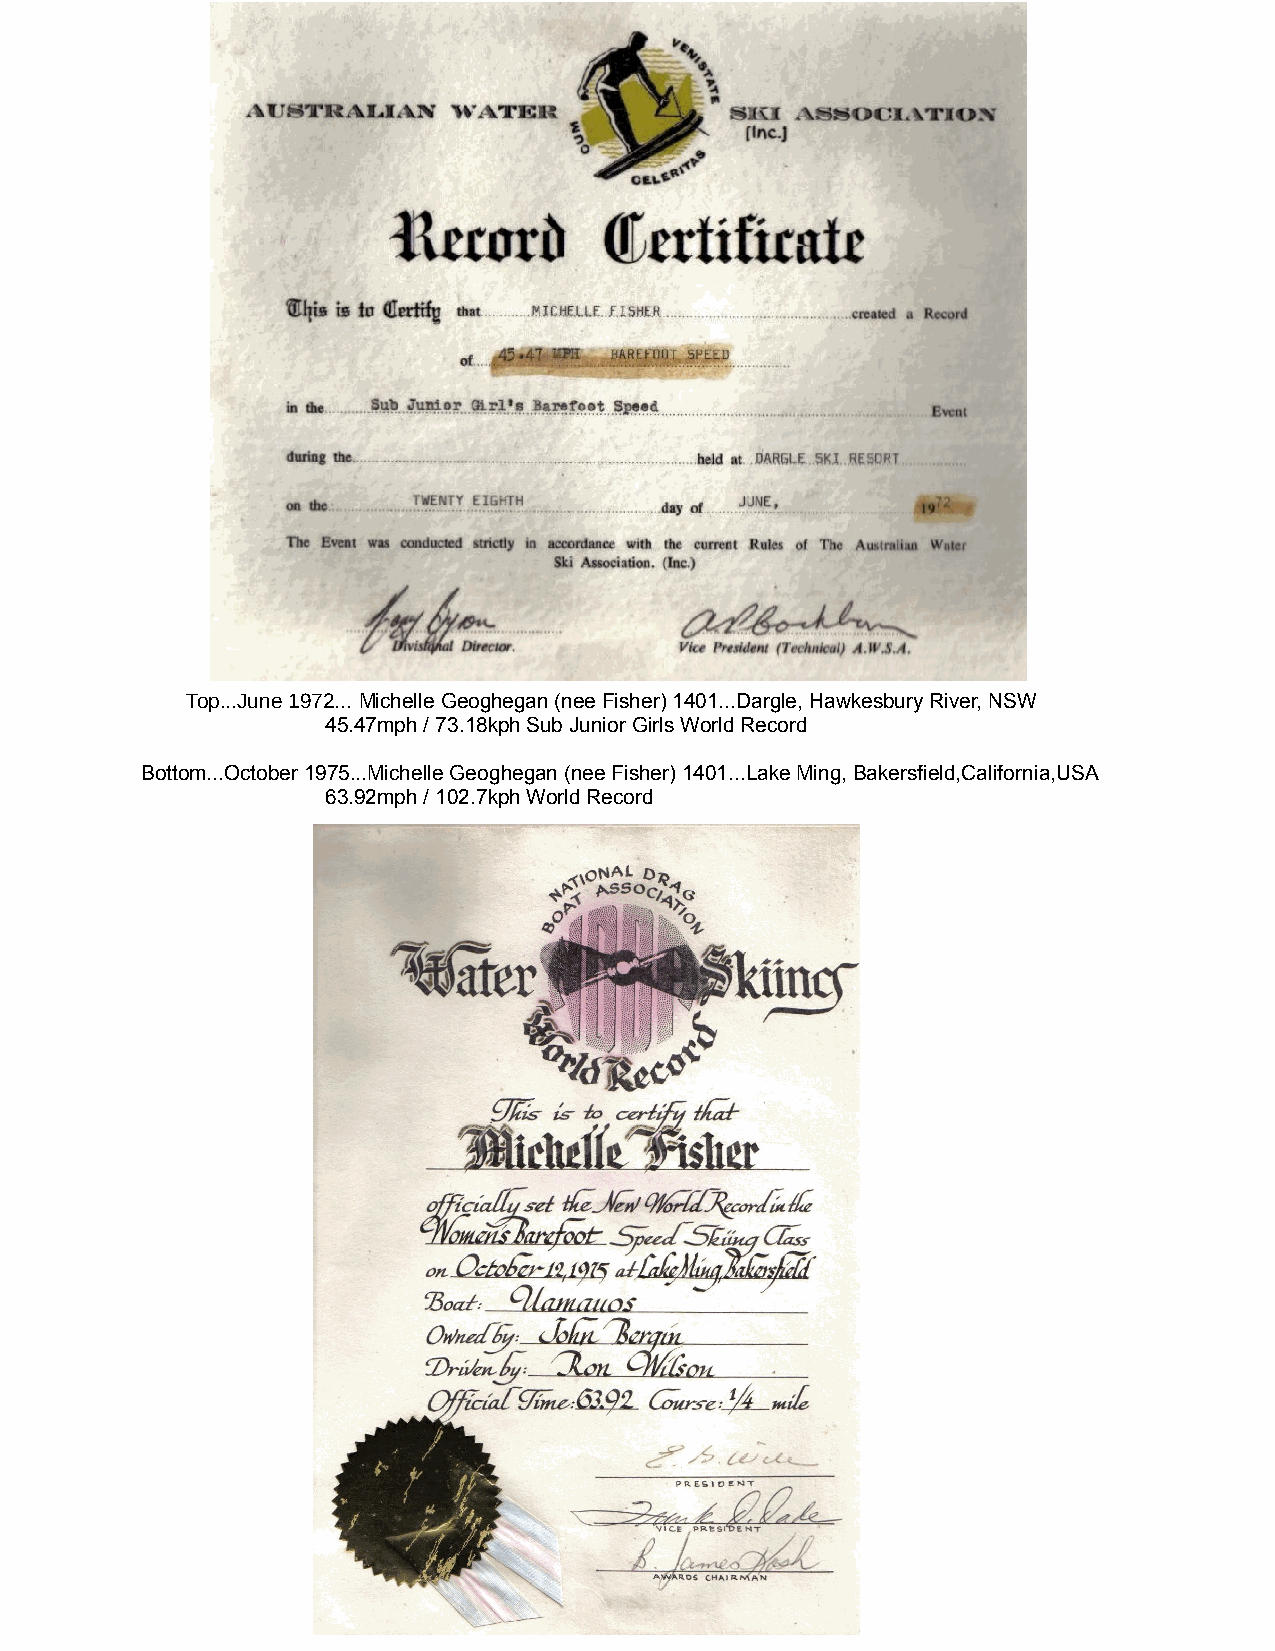
Top...June 1972... Michelle Geoghegan (nee Fisher) 1401...Dargle, Hawkesbury River, NSW
 45.47mph / 73.18kph Sub Junior Girls World Record
 Bottom...October 1975...Michelle Geoghegan (nee Fisher) 1401...Lake Ming, Bakersfield,California,USA
 63.92mph / 102.7kph World Record